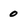
Character: 0